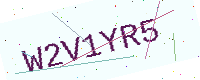
Text: W2V1YR5